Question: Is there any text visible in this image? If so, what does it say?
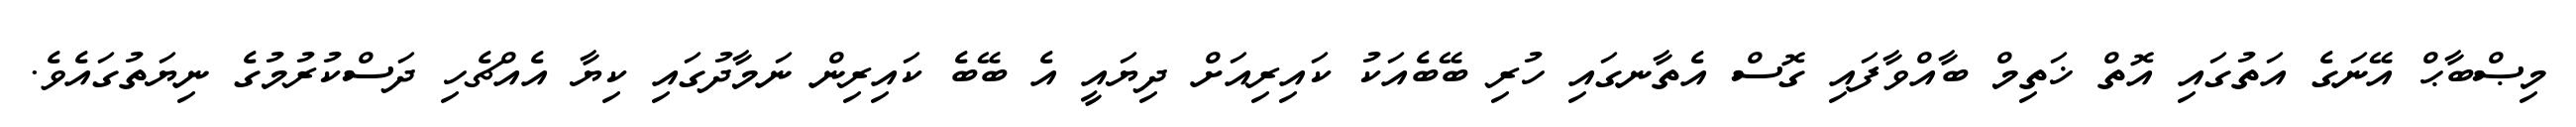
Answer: މިޞްބާޙް އޭނަގެ އަތުގައި އޮތް ޚަތިމް ބާއްވާފައި ގޮސް އެތާނގައި ހުރި ބޭބެއަކު ކައިރިއަށް ދިޔައީ އެ ބޭބެ ކައިރިން ނަމާދުގައި ކިޔާ އެއްޗެހި ދަސްކުރުމުގެ ނިޔަތުގައެވެ.